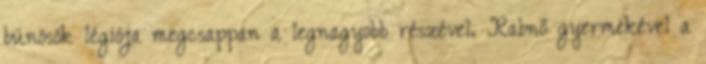
bünösök légiója megcsappan a legnagyobb részével. Rabnő gyermekével a